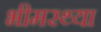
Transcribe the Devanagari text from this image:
भीमरथ्या